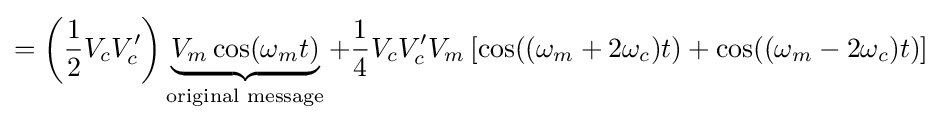
=\left({\frac {1}{2}}V_{c}V'_{c}\right)\underbrace {V_{m}\cos(\omega _{m}t)} _{\text{original message}}+{\frac {1}{4}}V_{c}V'_{c}V_{m}\left[\cos((\omega _{m}+2\omega _{c})t)+\cos((\omega _{m}-2\omega _{c})t)\right]